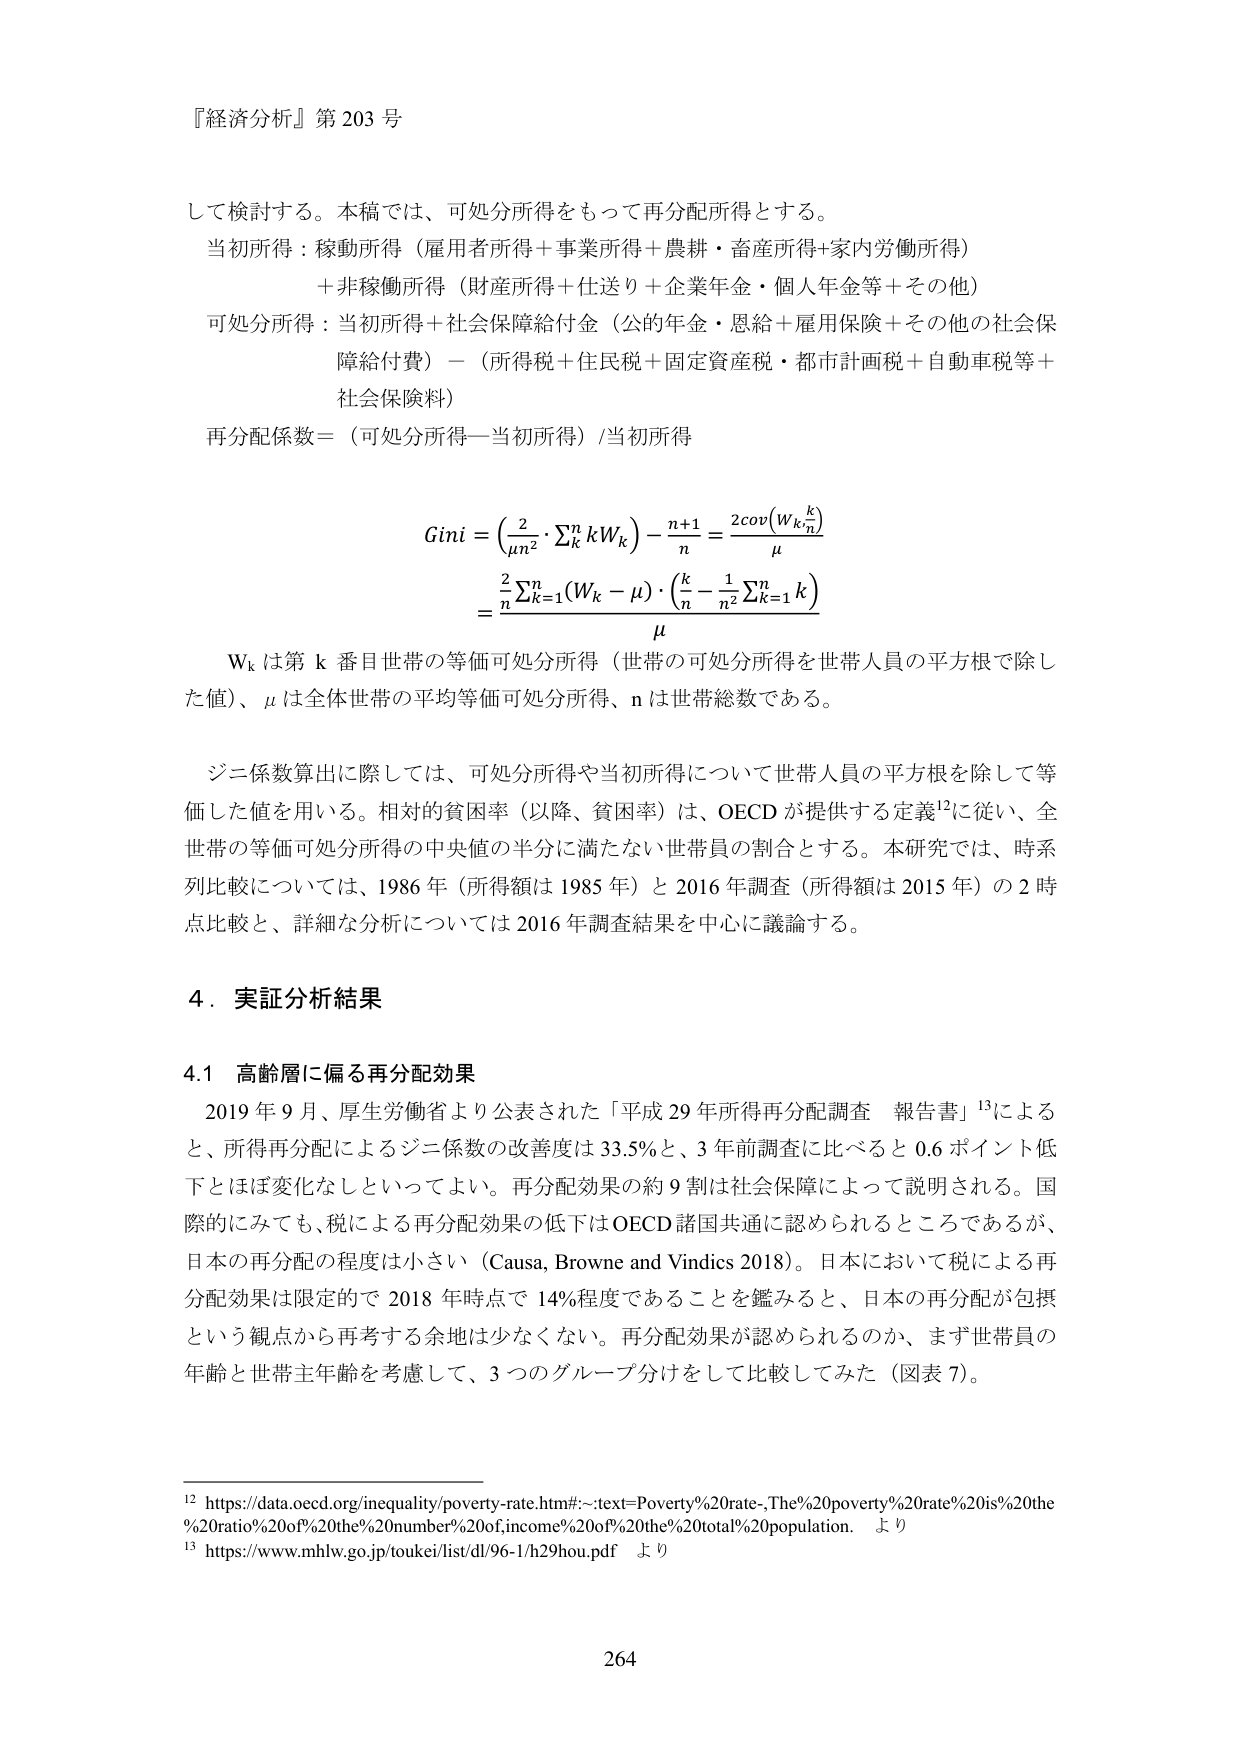
『経済分析』第 203 号

して検討する。本稿では、可処分所得をもって再分配所得とする。
当初所得：稼動所得（雇用者所得＋事業所得＋農耕・畜産所得＋家内労働所得）
＋非稼働所得（財産所得＋仕送り＋企業年金・個人年金等＋その他）
可処分所得：当初所得＋社会保障給付金（公的年金・恩給＋雇用保険＋その他の社会保障給付費）－（所得税＋住民税＋固定資産税・都市計画税＋自動車税等＋社会保障料）
再分配係数＝（可処分所得－当初所得）/当初所得

Gini = (2/μn² · ΣₖᵏWₖ) - (n+1)/n = 2cov(Wₖ, k/n)/μ
= [2/n Σₖ₌₁ⁿ(Wₖ - μ) · (k/n - 1/n² Σₖ₌₁ⁿ k)] / μ

Wₖ は第 k 番目世帯の等価可処分所得（世帯の可処分所得を世帯人員の平方根で除した値）、μ は全体世帯の平均等価可処分所得、n は世帯総数である。

ジニ係数算出に際しては、可処分所得や当初所得について世帯人員の平方根を除して等価した値を用いる。相対的貧困率（以降、貧困率）は、OECD が提供する定義¹²に従い、全世帯の等価可処分所得の中央値の半分に満たない世帯員の割合とする。本研究では、時系列比較については、1986 年（所得額は 1985 年）と 2016 年調査（所得額は 2015 年）の 2 時点比較と、詳細な分析については 2016 年調査結果を中心に議論する。

4．実証分析結果

4.1 高齢層に偏る再分配効果
2019 年 9 月、厚生労働省より公表された「平成 29 年所得再分配調査 報告書」¹³による
と、所得再分配によるジニ係数の改善度は 33.5%と、3 年前調査に比べると 0.6 ポイント低下とほぼ変化なしといってよい。再分配効果の約 9 割は社会保障によって説明される。国際的にみても、税による再分配効果の低下は OECD 諸国共通に認められるところであるが、日本の再分配の程度は小さい（Causa, Browne and Vindics 2018）。日本において税による再分配効果は限定的で 2018 年時点で 14%程度であることを鑑みると、日本の再分配が包摂という観点から再考する余地は少なくない。再分配効果が認められるのか、まず世帯員の年齢と世帯主年齢を考慮して、3 つのグループ分けをして比較してみた（図表 7）。

¹² https://data.oecd.org/inequality/poverty-rate.htm#:-:text=Poverty%20rate-,The%20poverty%20rate%20is%20the%20ratio%20of%20the%20number%20of,income%20of%20the%20total%20population. より
¹³ https://www.mhlw.go.jp/toukei/list/dl/96-1/h29hou.pdf より

264